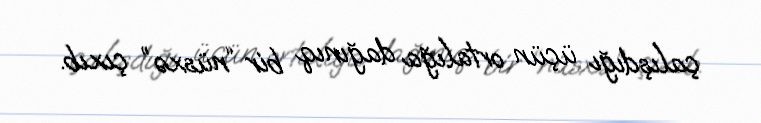
çalışdığı üçün ortalığa dağınıq bir “nüsxə” çıxıb.